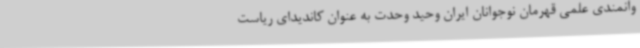
وانمندی علمی قهرمان نوجوانان ایران وحید وحدت به عنوان کاندیدای ریاست